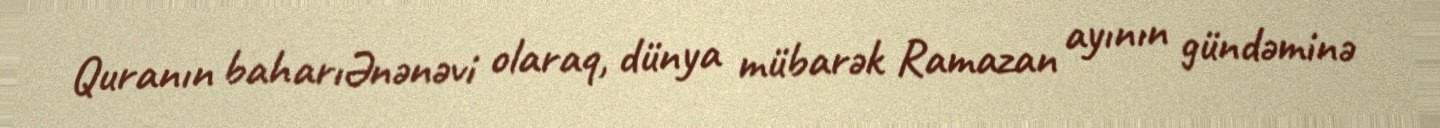
Quranın baharıƏnənəvi olaraq, dünya mübarək Ramazan ayının gündəminə